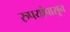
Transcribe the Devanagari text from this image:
रुपयांपासून